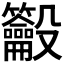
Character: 𪛒